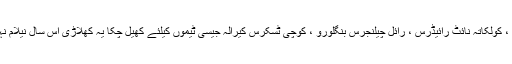
ممبئی انڈینس ، کولکاتہ نائٹ رائیڈرس ، رائل چیلنجرس بنگلورو ، کوچی ٹسکرس کیرالہ جیسی ٹیموں کیلئے کھیل چکا یہ کھلاڑی اس سال نیلام نہیں ہوپایا تھا ۔